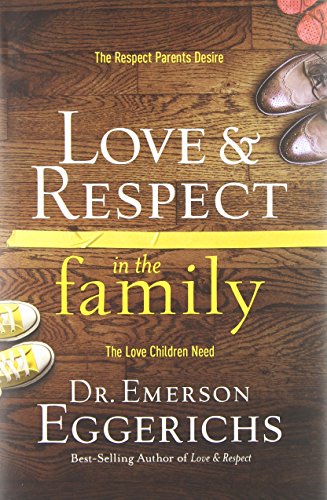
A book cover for Love and   Respect in the Family: The Respect Parents Desire; The Love Children Need; Dr. Emerson Eggerichs; Parenting & Relationships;